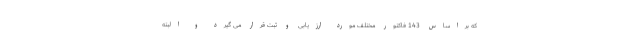
که براساس 143 فاکتور مختلف مورد ارزیابی و ثبت قرار می گیرد و البته